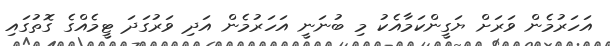
އަހަރުމެން ވަރަށް ޔަގީންކަމާއެކު މި ބުނަނީ އަހަރުމެން އަދި ވަރުގަދަ ޓީމެއްގެ ގޮތުގައި